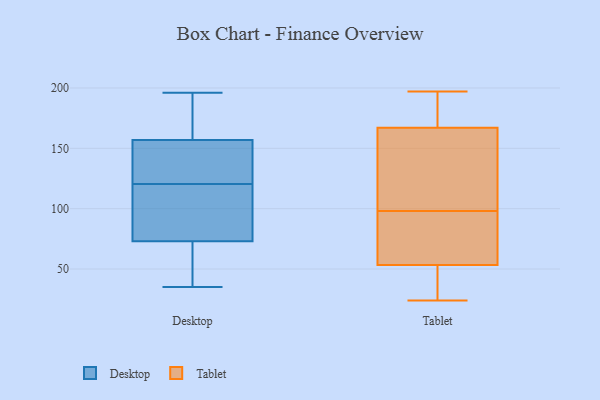
{"axis": {"x": "Temperature (°C)", "y": "Value"}, "legend": ["Desktop", "Tablet"], "data": [{"x": "", "y": 35, "type": "Desktop"}, {"x": "", "y": 133, "type": "Desktop"}, {"x": "", "y": 157, "type": "Desktop"}, {"x": "", "y": 124, "type": "Desktop"}, {"x": "", "y": 73, "type": "Desktop"}, {"x": "", "y": 117, "type": "Desktop"}, {"x": "", "y": 164, "type": "Desktop"}, {"x": "", "y": 88, "type": "Desktop"}, {"x": "", "y": 39, "type": "Desktop"}, {"x": "", "y": 196, "type": "Desktop"}, {"x": "", "y": 98, "type": "Tablet"}, {"x": "", "y": 178, "type": "Tablet"}, {"x": "", "y": 197, "type": "Tablet"}, {"x": "", "y": 134, "type": "Tablet"}, {"x": "", "y": 66, "type": "Tablet"}, {"x": "", "y": 192, "type": "Tablet"}, {"x": "", "y": 110, "type": "Tablet"}, {"x": "", "y": 30, "type": "Tablet"}, {"x": "", "y": 49, "type": "Tablet"}, {"x": "", "y": 98, "type": "Tablet"}, {"x": "", "y": 24, "type": "Tablet"}]}